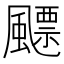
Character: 飃